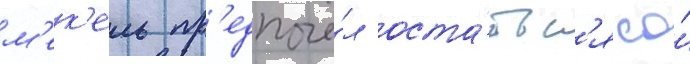
м'ек'ель пр'едпочё́л оста́тьс'я со́